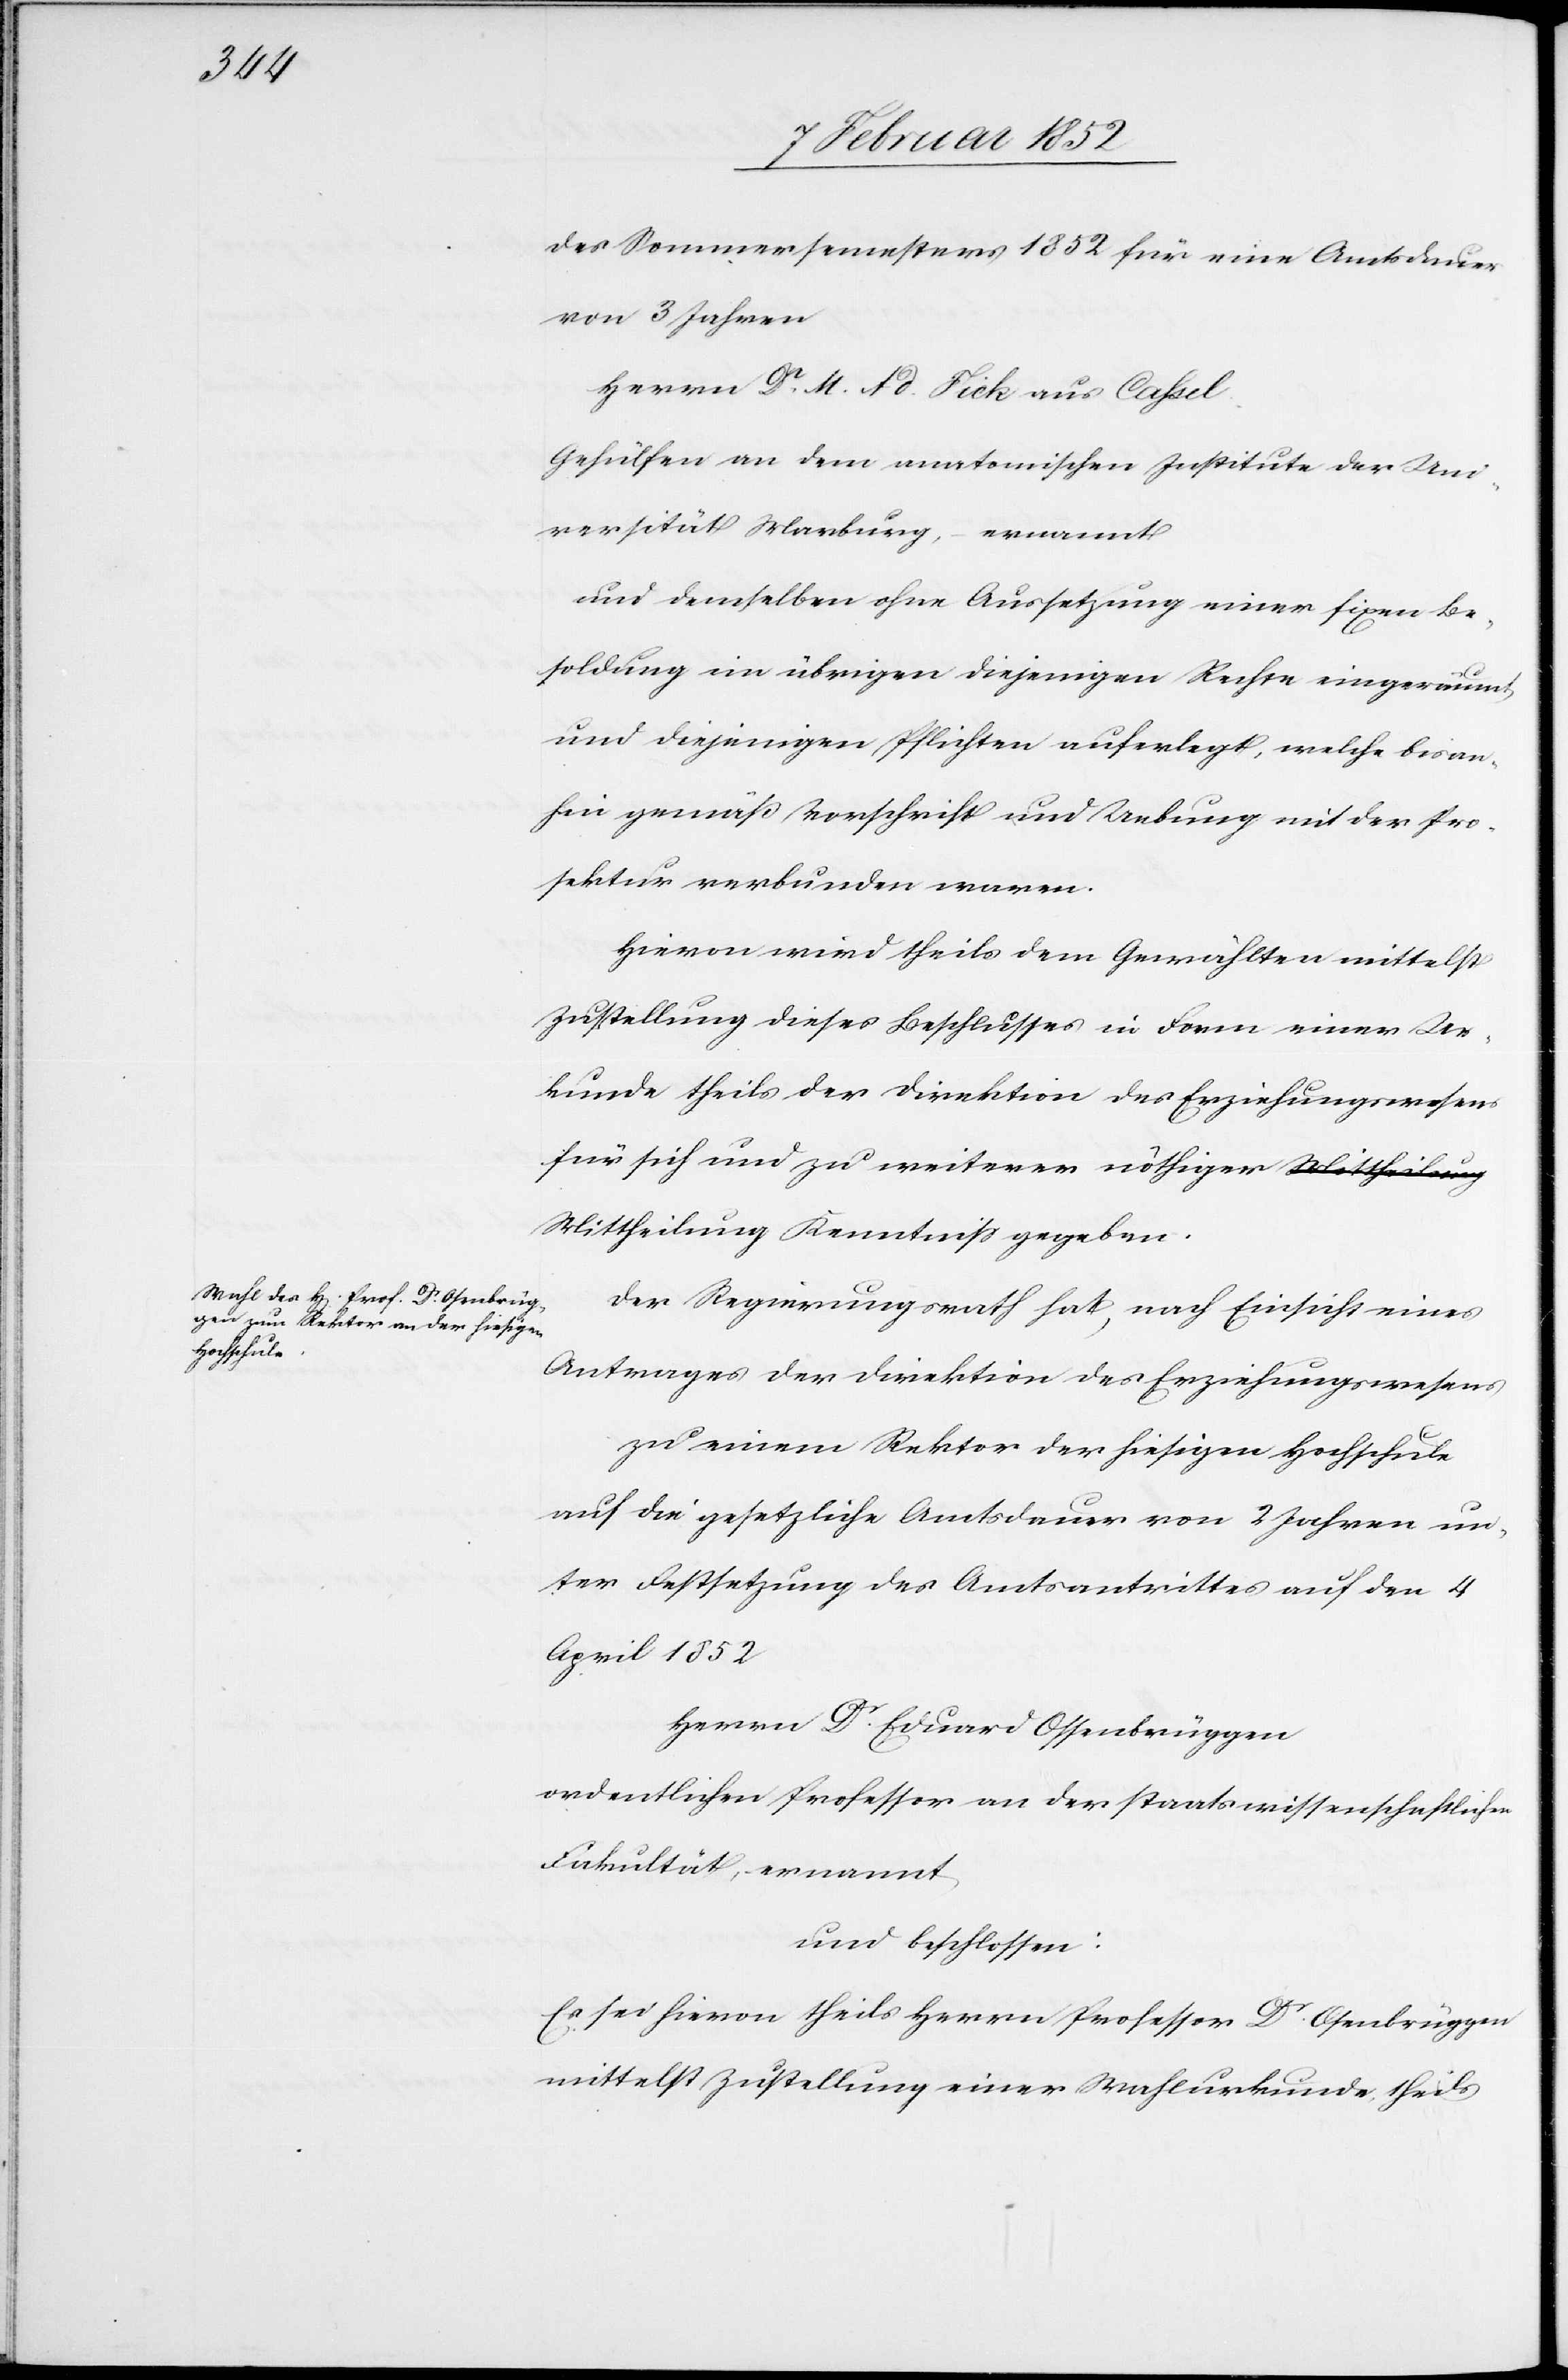
des Sommersemesters 1852 für eine Amtsdauer
von 3 Jahren
Herrn Dr. M. Ad. Fick aus Cassel.
Gehülfen an dem anatomischen Institute der Uni¬
versität Hamburg, ernannt
und demselben ohne Aussetzung einer fixen Be¬
soldung im übrigen diejenigen Rechte eingeräumt,
und diejenigen Pflichten auferlegt, welche bisan¬
hin gemäß Vorschrift und Uebung mit der Pro¬
sektur verbunden waren.
Hiervon wird theils dem Gewählten mittelst
Zustellung dieses Beschlußes in Form einer Ur¬
kunde theils der Direktion des Erziehungswesens
für sich und zu weiterer nöthiger Mittheilung
Der Regierungsrath hat, nach Einsicht eines
Antrages der Direktion des Erziehungswesens
zu einem Rektor der hiesigen Hochschule
auf die gesetzlichen Amtsdauer von 2 Jahren un¬
ter Festsetzung des Amtsantrittes auf den 4
April 1852
ordentlichen Professor an der staatswissenschaftlichen
Fakultät, ernannt
und beschlossen:
Es sei hievon theils Herrn Professor Dr. Osenbrüggen
mittelst Zustellung einer Wahlurkunde, theils